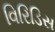
વિરિડિસ